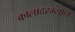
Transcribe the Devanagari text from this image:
कालादरम्यान